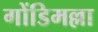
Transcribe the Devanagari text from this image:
गोंडिमल्ला